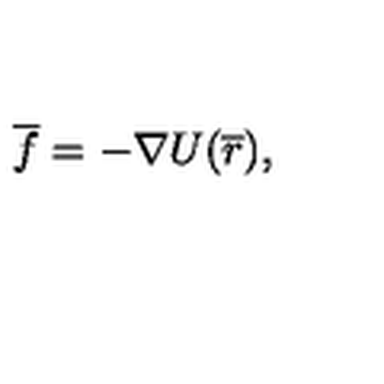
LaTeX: { \overline { f } } = - { \nabla U } ( { \overline { r } } ) ,